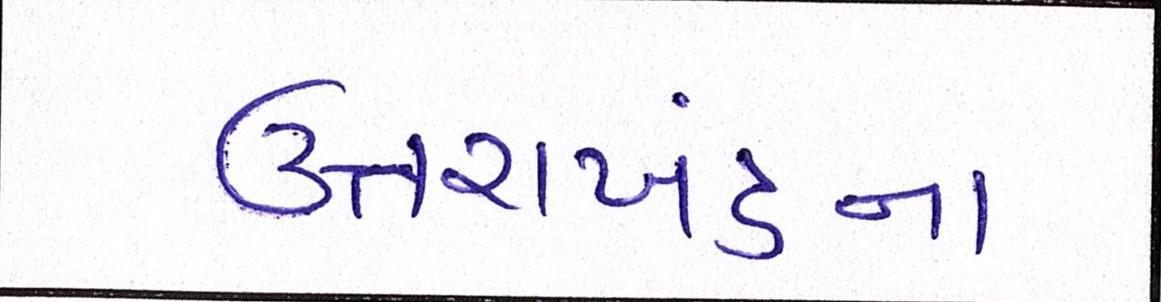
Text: ઉત્તરાખંડના